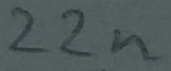
Text: 22n